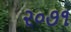
૨૦૭૧